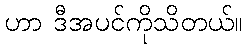
ဟာ ဒီအပင်ကိုသိတယ်။